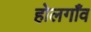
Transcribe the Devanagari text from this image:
होलगाँव